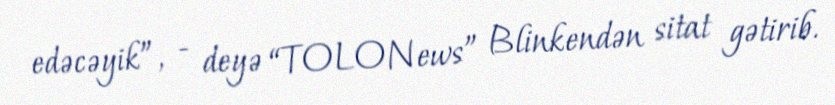
edəcəyik”, - deyə “TOLONews” Blinkendən sitat gətirib.